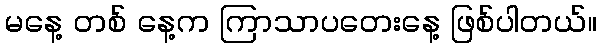
မနေ့ တစ် နေ့က ကြာသာပတေးနေ့ ဖြစ်ပါတယ်။